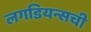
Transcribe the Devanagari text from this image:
लगडियन्सची